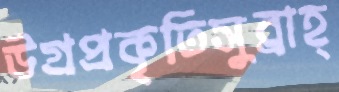
উগ্রপ্রকৃতিসুব্রাহ্